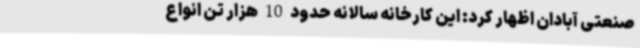
صنعتی آبادان اظهار کرد: این کارخانه سالانه حدود 10 هزار تن انواع